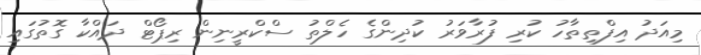
މިއަދު އިފްތިތާހު ކުރި ފުރާވަރު ކުދިންގެ ހެލްތު ސްކްރީނިން ރިޕޯޓް ދައްކާ ގޮތުގައި